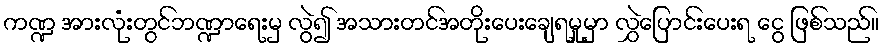
ကဏ္ဍ အားလုံးတွင်ဘဏ္ဍာရေးမှ လွဲ၍ အသားတင်အတိုးပေးချေရမှုမှာ လွှဲပြောင်းပေးရ ငွေ ဖြစ်သည်။